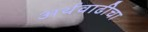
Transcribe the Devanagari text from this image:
अर्थवाढीचा